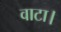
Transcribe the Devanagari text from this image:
वाटा।